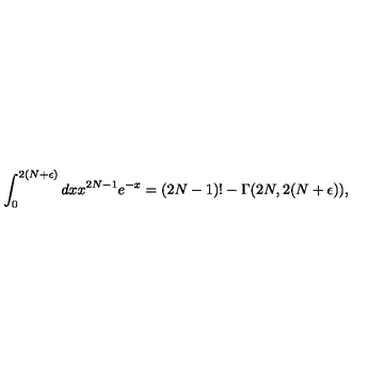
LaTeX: \int _ { 0 } ^ { 2 ( N + \epsilon ) } d x x ^ { 2 N - 1 } e ^ { - x } = ( 2 N - 1 ) ! - \Gamma ( 2 N , 2 ( N + \epsilon ) ) ,